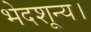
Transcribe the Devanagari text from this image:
भेदशून्य।